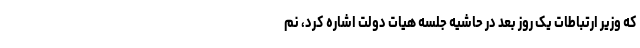
که وزیر ارتباطات یک روز بعد در حاشیه جلسه هیات دولت اشاره کرد، نم